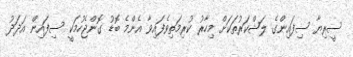
ސީރިޔާ ސިފައިންގެ ލަޝްކަރުތަކަށް މިހާރު ކުރިމަތިވެފައިވާ އެންމެ ބޮޑު ގޮންޖެހުމަކީ ސިފައިން އަދަދު